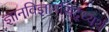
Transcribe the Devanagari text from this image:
ज्ञानविज्ञानसिद्ध्यर्थं